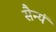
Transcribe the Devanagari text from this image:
सैन्यं